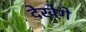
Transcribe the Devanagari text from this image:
देखेगे